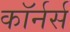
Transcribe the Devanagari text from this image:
कॉर्नर्स